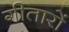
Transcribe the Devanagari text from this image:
गीतारों